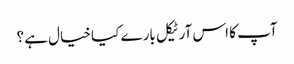
آپ کا اس آرٹیکل بارے کیا خیال ہے؟